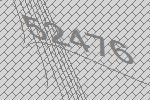
52476